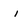
Character: i